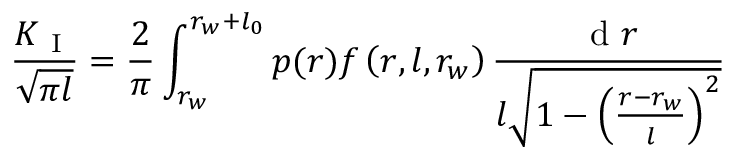
\frac { K _ { \mathrm { ~ I ~ } } } { \sqrt { \pi l } } = \frac { 2 } { \pi } \int _ { r _ { w } } ^ { r _ { w } + l _ { 0 } } p ( r ) f \left( r , l , r _ { w } \right) \frac { \mathrm { ~ d ~ } r } { l \sqrt { 1 - \left( \frac { r - r _ { w } } { l } \right) ^ { 2 } } }